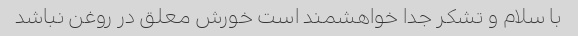
با سلام و تشکر جدا خواهشمند است خورش معلق در روغن نباشد